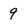
Character: 9